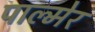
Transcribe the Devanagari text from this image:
पाल्मेर